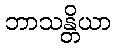
ဘာသန္တိယာ